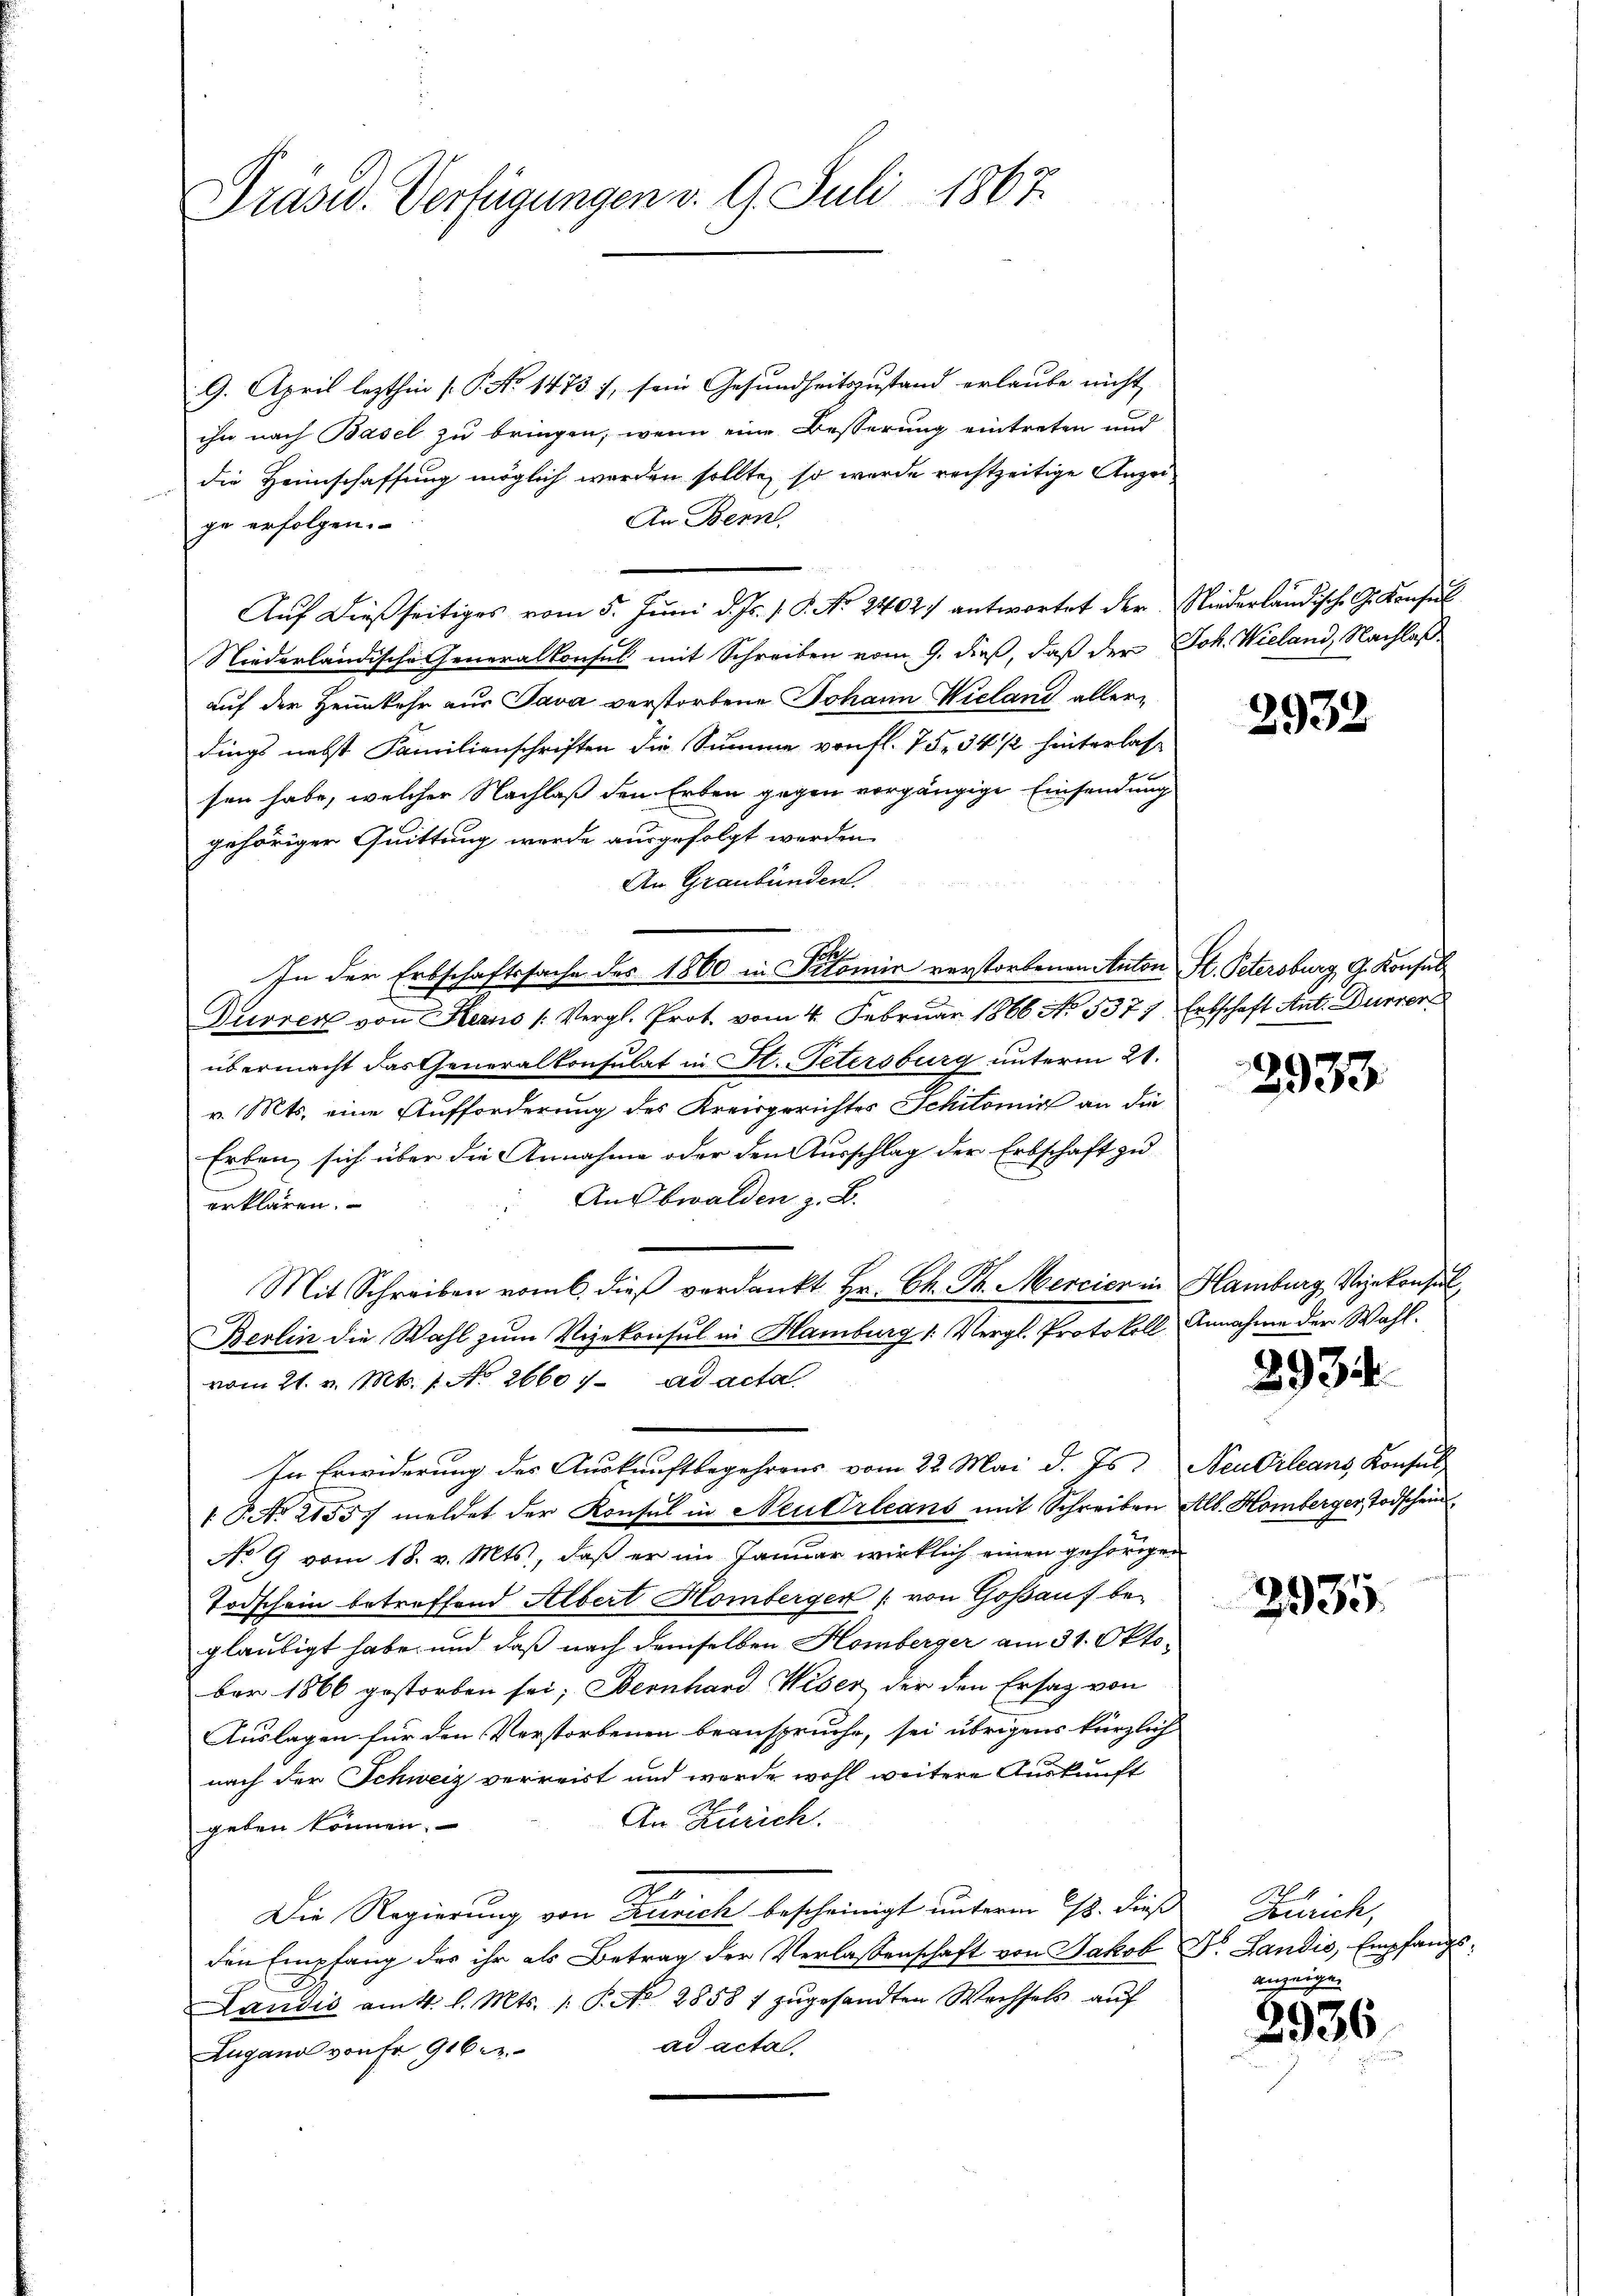
Präsid. Verfügungen v. 9. Juli 1867

9. April lezthin [P. No 1473 f, sein Gesundheitszustand erlaube nicht |
ihn nach Basel zu bringen, wenn eine Besserung eintreten und
die Heimschaffung möglich werden sollte, so wurde rechtzeitige Anzei¬
An Bern.
ge erfolgen.
Niederländische Generalkonsul mit Schreiben vom 9. dieß, daß der Joh. Wieland, Nachlaßauf der Heimkehr aus Java verstorbene Johann Wieland allerdings nebst Familienschriften die Summe von fl. 75. 34 1/2 hinterlassen habe, welcher Nachlaß den Erben gegen vorgängige Einsendung
gehöriger Quittung werde ausgefolgt werden.
An Graubünden,
In der Erbschaftssache des 1860 in Sitomie verstorbenen Anton
Durren von Kesus (Vergl. Prot. vom 4. Februar 1866 No. 5377, Erbschaft Ant. Dürrer
übermacht das Generalkonsulat in H. Petersburg unterm 21.
v. Mts. eine Aufforderung des Kreisgerichtes Schilomit an die
Erben, sich über die Annahme oder den Ausschlag der Erbschaft zu
An Obwalden z. B.
erklären.
Mit Schreiben vom 6. dieß verdankt Hr. Ch. Pr. Mercier in
Berlin die Wahl zum Vizekonsul in Hamburg 1. Vergl. Protokoll Annahme der Wahl.
vom 21. v. Mts. 1. No. 26601. ad acta
In Erwiderung des Auskunftbegehrens vom 22. Mai d. Js. Neudrleans, Konsul
1 No 21557 meldet der Konsul in Neu Orleans mit Schreiben Alb. Homberger Todschein
No 9 vom 18. v. Mts., daß er im Januar wirklich einen gehörigen
Todschein betreffend Albert Hombergen (von Goßau begläubigt habe, und daß nach demselben Homberger am 31. Oktober 1866 gestorben sei; Bernhard Weser der den Ersatz von
Auslagen für den Verstorbenen beanspruche, sei übrigens kürzlich
nach der Schweiz verreist und werde wohl weitere Auskunft
An Zürich
geben können,
Die Regierung von Zürich bescheinigt unterm 28. dieß Zürich,
den Empfang des ihr als Betrag der Verlassenschaft von Jakob Dr. Landis, Empfangs¬
Landis am 4. l. Mts. /: P. No 2858 1 zŭgesandten Wechsels aŭf
ad acta.
Lugano von Fr. 9ber

Auf dießseitiges vom 5. Juni d. Js. v. P. No 2402. antwortet der Niederländische G. Konsul

2932

H. Petersburg, G. Konsul

2933.

Hamburg Vizekonsul,

2934.

2935.

anzeigen

2936.